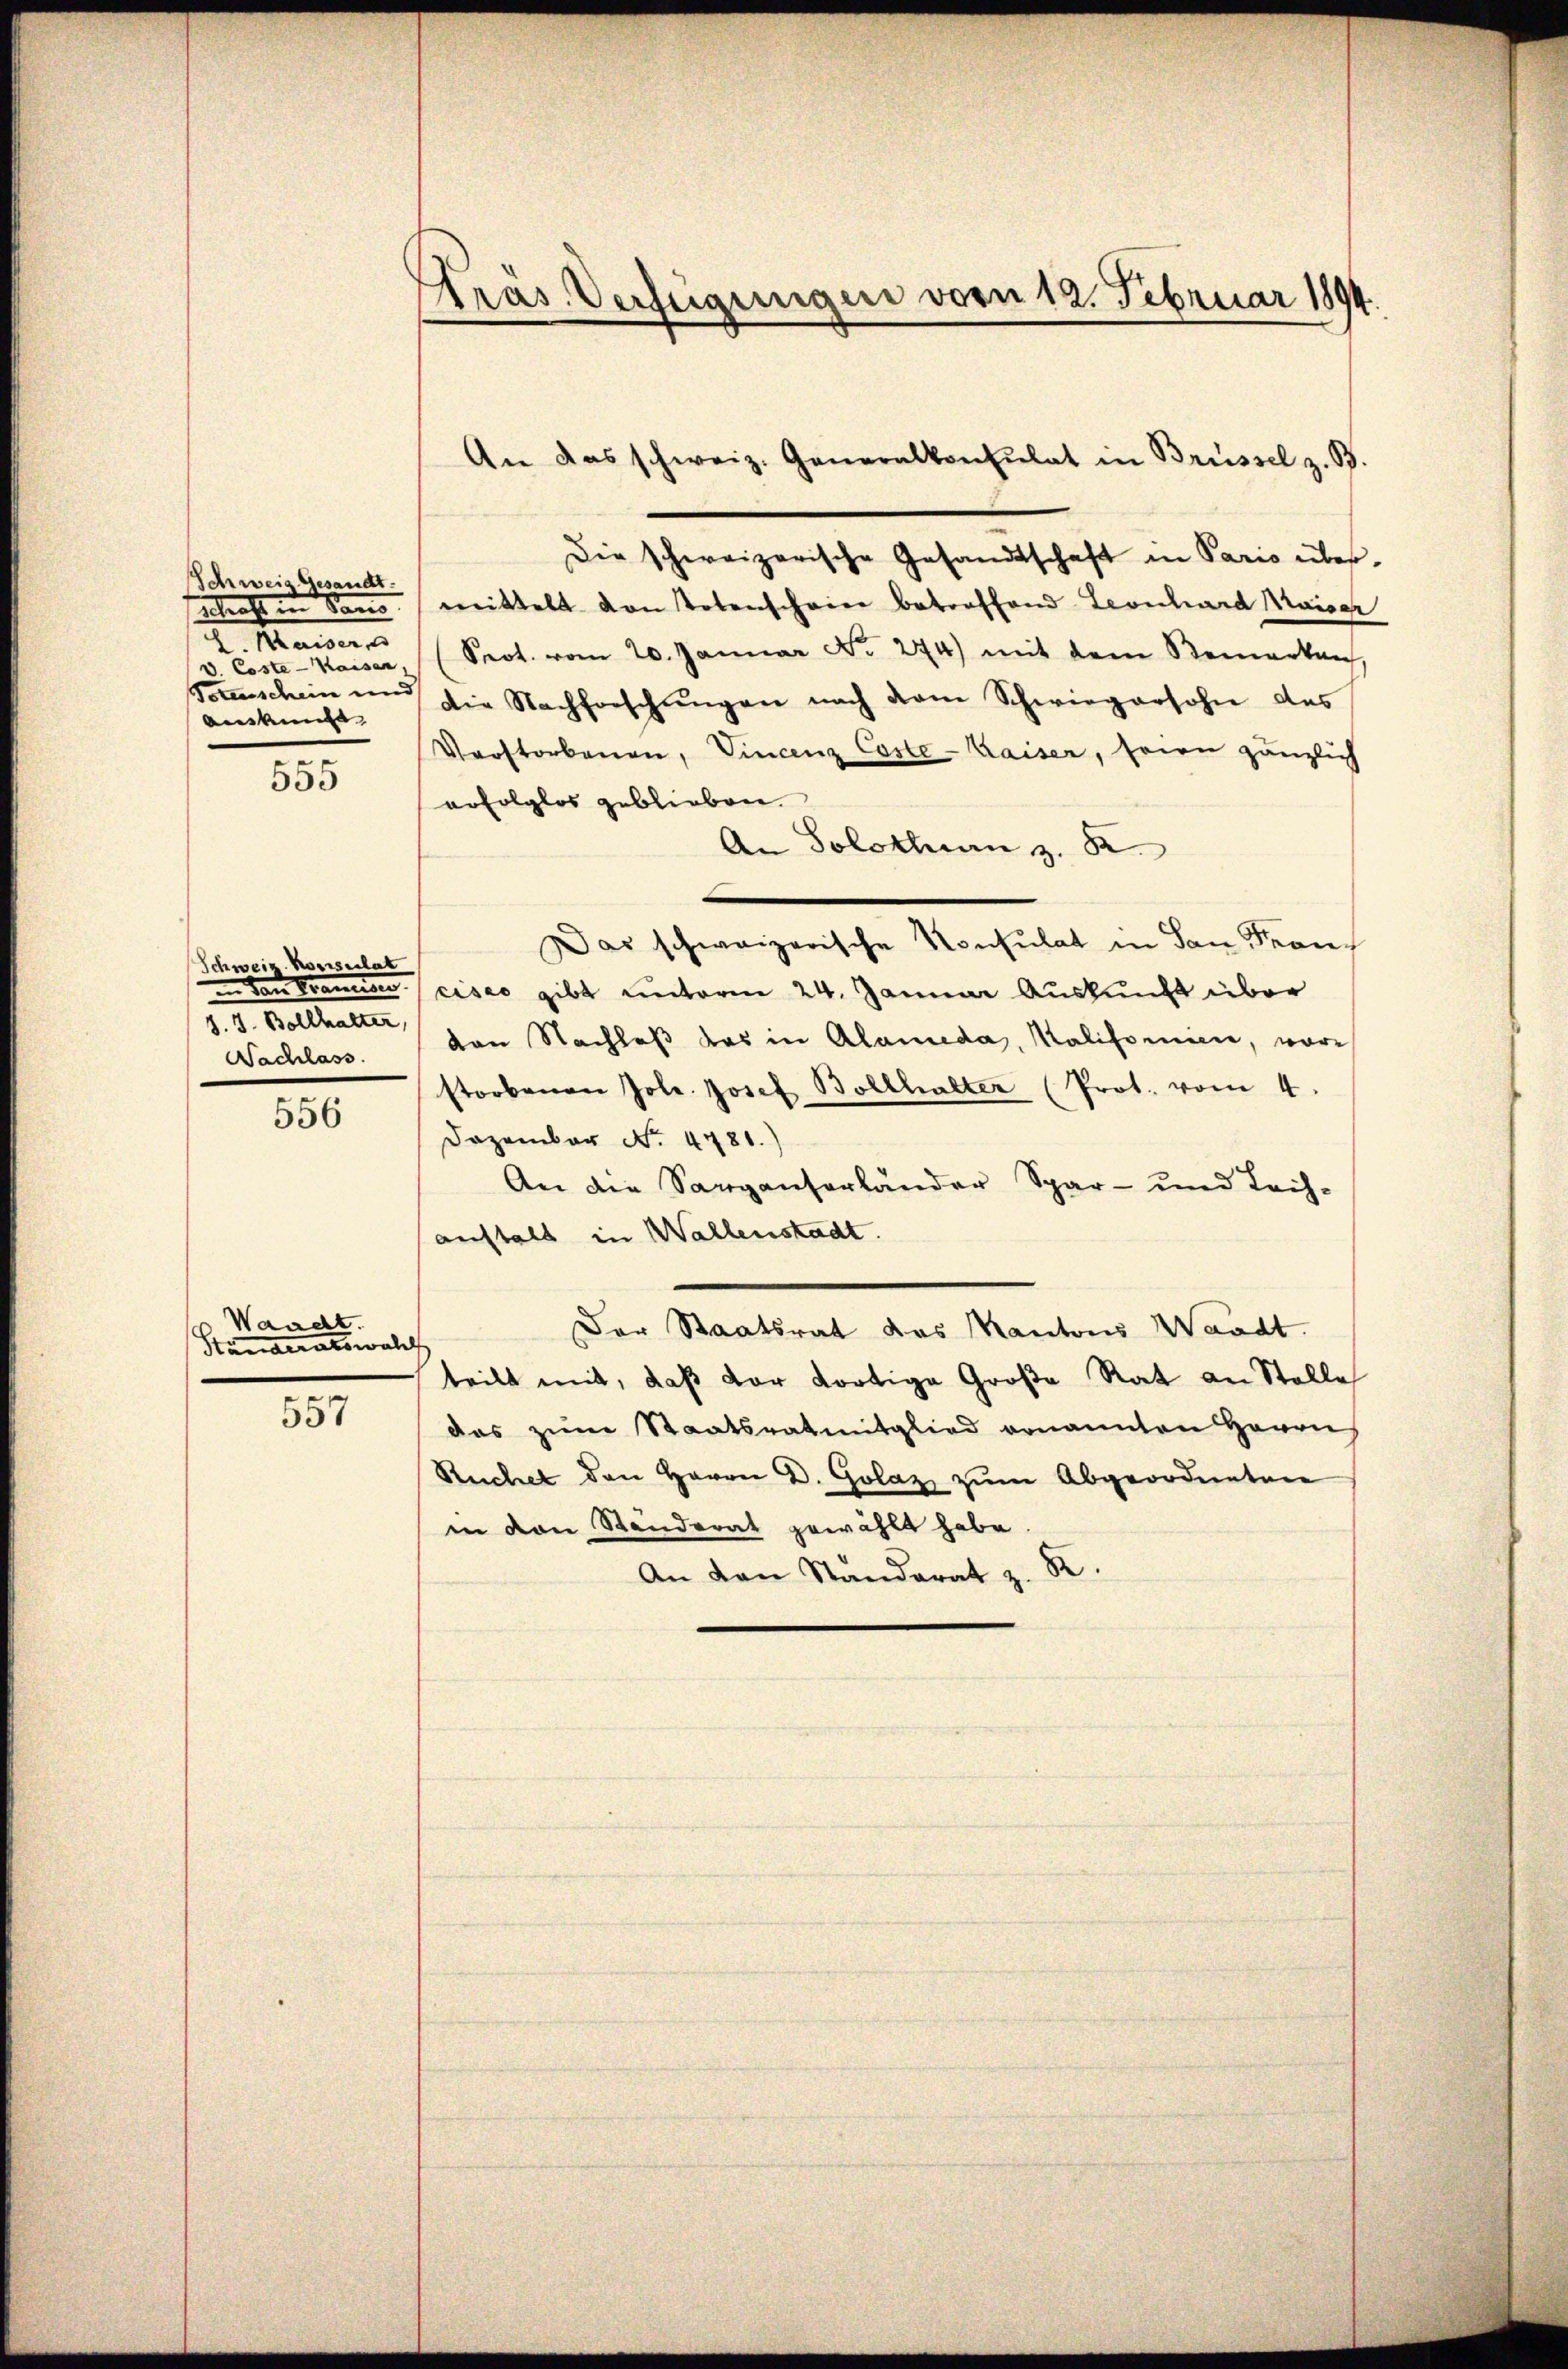
Schweiz Gesandt.
ebrecht in Sane
L. Maisers
V. Coste Kaiser
Totenschein und
Auskunft |
e

555

Schweiz. Konsulat
in den Tramine
8. 8. Bollhalter,
Nachlass

556

Waacht.
Standeratswalde

557

Präs. Verfügungen vorn 12. Februar 1894.

Die schweizerische Gesandtschaft in Paris über-
mittelt von Totenscheine betroffend Leonhard Maiser
Seot. vom 20. Januar No. 274) mit dem Bemerken,
die Nachforschŭngen nach dem Schwiegersohn des
Verstorbenen, Vincenz Coste-Kaiser, seien gänzlich
erfolglos geblieben.
An Solothurn z. K.
Das schweizerische Konsulat in den Francises gibt unterm 24. Januar Auskunft über
von Nachlaß das in Alameda, Kaliformen, wäre
storbenen Joh. Josef Bollhalter (Prot. vom 4.
Dezember No. 4781.)
An die Sarganserländer Spar- und Leih-
anstalt in Wallenstadt.
Der Staatsrat das Kantons Waadt.
teilt mit, daß der dortige Große Rat an Stelle
das zum Staatsratmitglied genannten Herrn
Ruchel den Herrn D. Golaz zŭm Abgeordnetene
in von Ständerat gewählt habe
An den Standerat z. R.

An das schweiz. Generalkonsulat in Brüssel z. B.